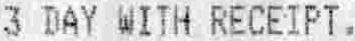
3 DAY WITH RECEIPT.